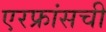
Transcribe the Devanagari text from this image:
एरफ्रांसची